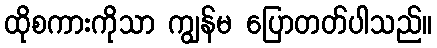
ထိုစကားကိုသာ ကျွန်မ ပြောတတ်ပါသည်။